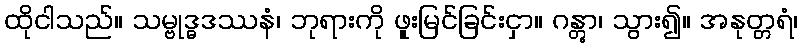
ထိုငါသည်။ သမ္ဗုဒ္ဓဒဿနံ၊ ဘုရားကို ဖူးမြင်ခြင်းငှာ။ ဂန္တွာ၊ သွား၍။ အနုတ္တရံ၊